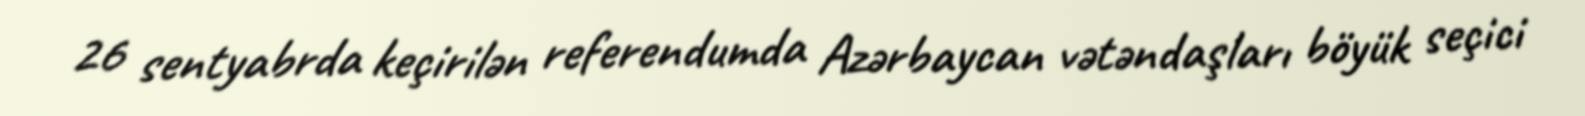
26 sentyabrda keçirilən referendumda Azərbaycan vətəndaşları böyük seçici